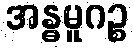
အန္ဓမူဂဉ္စ